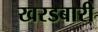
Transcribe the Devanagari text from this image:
खरडबारी